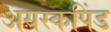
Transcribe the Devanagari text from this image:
अयस्कपिंड